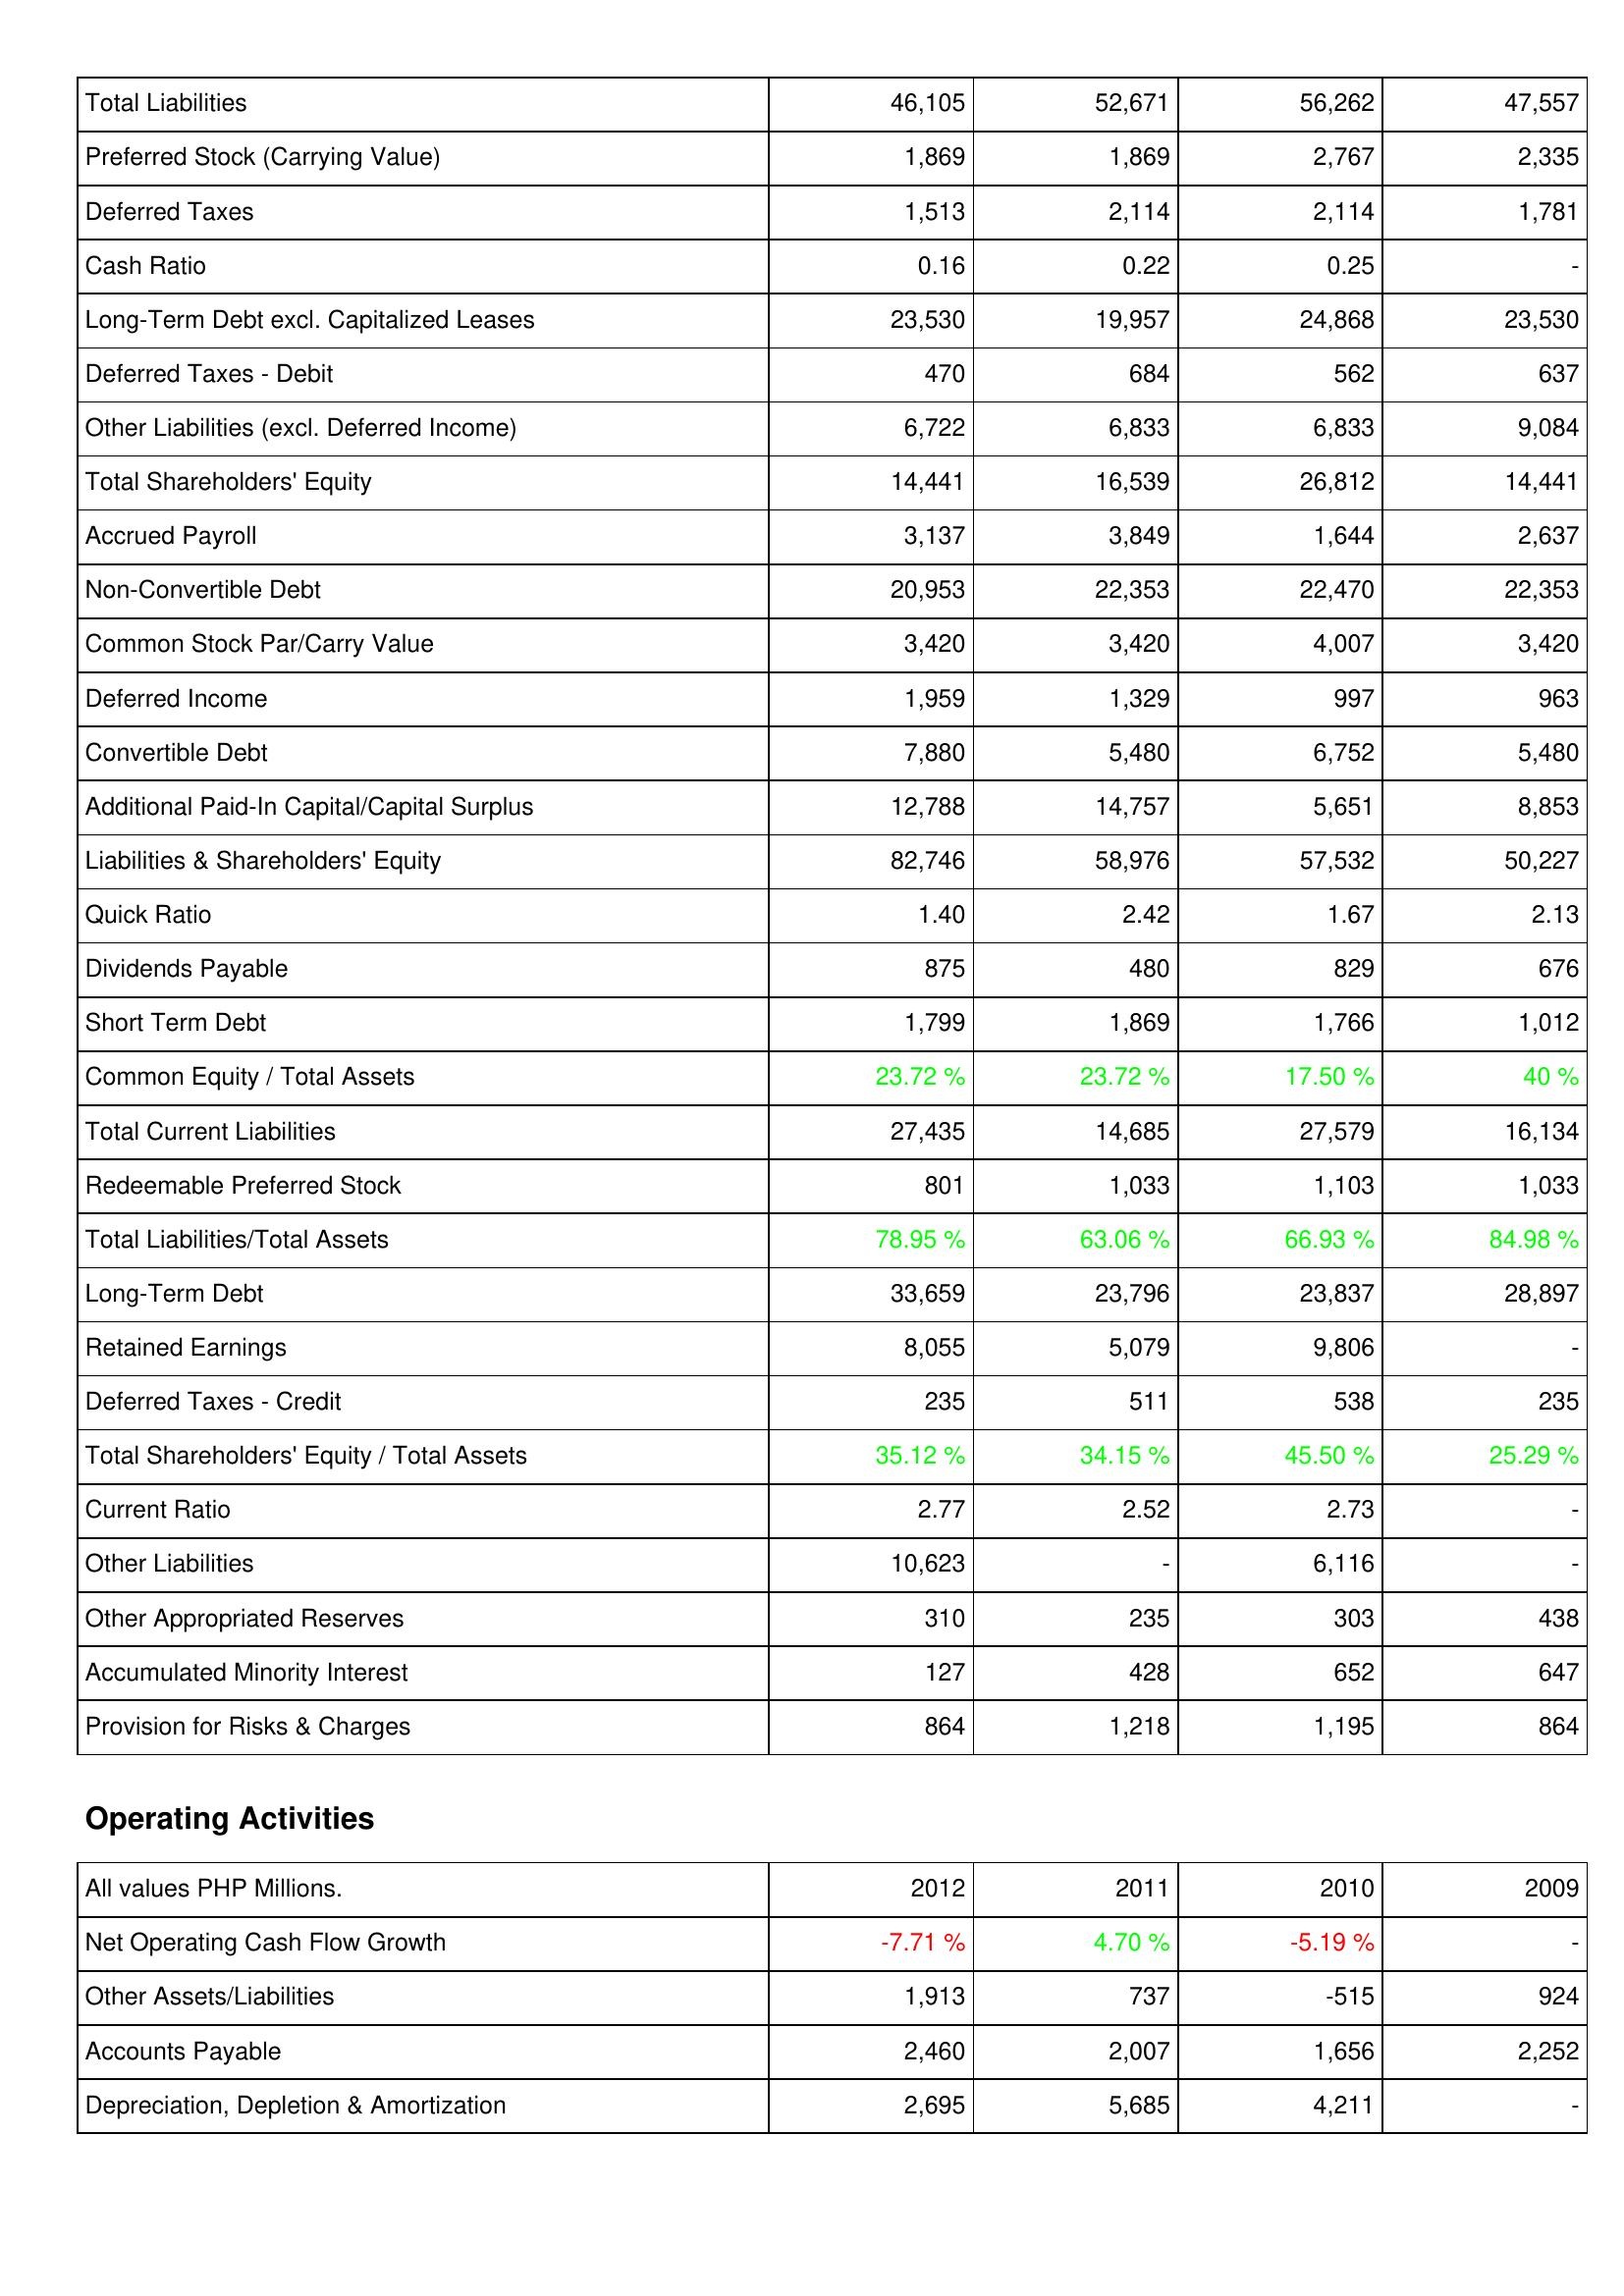
2012: Liabilities & Shareholders' Equity: Total Liabilities: 46,105
Preferred Stock (Carrying Value): 1,869
Deferred Taxes: 1,513
Cash Ratio: 0.16
Long-Term Debt excl. Capitalized Leases: 23,530
Deferred Taxes - Debit: 470
Other Liabilities (excl. Deferred Income): 6,722
Total Shareholders' Equity: 14,441
Accrued Payroll: 3,137
Non-Convertible Debt: 20,953
Common Stock Par/Carry Value: 3,420
Deferred Income: 1,959
Convertible Debt: 7,880
Additional Paid-In Capital/Capital Surplus: 12,788
Liabilities & Shareholders' Equity: 82,746
Quick Ratio: 1.40
Dividends Payable: 875
Short Term Debt: 1,799
Common Equity / Total Assets: 23.72 %
Total Current Liabilities: 27,435
Redeemable Preferred Stock: 801
Total Liabilities/Total Assets: 78.95 %
Long-Term Debt: 33,659
Retained Earnings: 8,055
Deferred Taxes - Credit: 235
Total Shareholders' Equity / Total Assets: 35.12 %
Current Ratio: 2.77
Other Liabilities: 10,623
Other Appropriated Reserves: 310
Accumulated Minority Interest: 127
Provision for Risks & Charges: 864
Operating Activities: Net Operating Cash Flow Growth: -7.71 %
Other Assets/Liabilities: 1,913
Accounts Payable: 2,460
Depreciation, Depletion & Amortization: 2,695
2011: Liabilities & Shareholders' Equity: Total Liabilities: 52,671
Preferred Stock (Carrying Value): 1,869
Deferred Taxes: 2,114
Cash Ratio: 0.22
Long-Term Debt excl. Capitalized Leases: 19,957
Deferred Taxes - Debit: 684
Other Liabilities (excl. Deferred Income): 6,833
Total Shareholders' Equity: 16,539
Accrued Payroll: 3,849
Non-Convertible Debt: 22,353
Common Stock Par/Carry Value: 3,420
Deferred Income: 1,329
Convertible Debt: 5,480
Additional Paid-In Capital/Capital Surplus: 14,757
Liabilities & Shareholders' Equity: 58,976
Quick Ratio: 2.42
Dividends Payable: 480
Short Term Debt: 1,869
Common Equity / Total Assets: 23.72 %
Total Current Liabilities: 14,685
Redeemable Preferred Stock: 1,033
Total Liabilities/Total Assets: 63.06 %
Long-Term Debt: 23,796
Retained Earnings: 5,079
Deferred Taxes - Credit: 511
Total Shareholders' Equity / Total Assets: 34.15 %
Current Ratio: 2.52
Other Liabilities: -
Other Appropriated Reserves: 235
Accumulated Minority Interest: 428
Provision for Risks & Charges: 1,218
Operating Activities: Net Operating Cash Flow Growth: 4.70 %
Other Assets/Liabilities: 737
Accounts Payable: 2,007
Depreciation, Depletion & Amortization: 5,685
2010: Liabilities & Shareholders' Equity: Total Liabilities: 56,262
Preferred Stock (Carrying Value): 2,767
Deferred Taxes: 2,114
Cash Ratio: 0.25
Long-Term Debt excl. Capitalized Leases: 24,868
Deferred Taxes - Debit: 562
Other Liabilities (excl. Deferred Income): 6,833
Total Shareholders' Equity: 26,812
Accrued Payroll: 1,644
Non-Convertible Debt: 22,470
Common Stock Par/Carry Value: 4,007
Deferred Income: 997
Convertible Debt: 6,752
Additional Paid-In Capital/Capital Surplus: 5,651
Liabilities & Shareholders' Equity: 57,532
Quick Ratio: 1.67
Dividends Payable: 829
Short Term Debt: 1,766
Common Equity / Total Assets: 17.50 %
Total Current Liabilities: 27,579
Redeemable Preferred Stock: 1,103
Total Liabilities/Total Assets: 66.93 %
Long-Term Debt: 23,837
Retained Earnings: 9,806
Deferred Taxes - Credit: 538
Total Shareholders' Equity / Total Assets: 45.50 %
Current Ratio: 2.73
Other Liabilities: 6,116
Other Appropriated Reserves: 303
Accumulated Minority Interest: 652
Provision for Risks & Charges: 1,195
Operating Activities: Net Operating Cash Flow Growth: -5.19 %
Other Assets/Liabilities: -515
Accounts Payable: 1,656
Depreciation, Depletion & Amortization: 4,211
2009: Liabilities & Shareholders' Equity: Total Liabilities: 47,557
Preferred Stock (Carrying Value): 2,335
Deferred Taxes: 1,781
Cash Ratio: -
Long-Term Debt excl. Capitalized Leases: 23,530
Deferred Taxes - Debit: 637
Other Liabilities (excl. Deferred Income): 9,084
Total Shareholders' Equity: 14,441
Accrued Payroll: 2,637
Non-Convertible Debt: 22,353
Common Stock Par/Carry Value: 3,420
Deferred Income: 963
Convertible Debt: 5,480
Additional Paid-In Capital/Capital Surplus: 8,853
Liabilities & Shareholders' Equity: 50,227
Quick Ratio: 2.13
Dividends Payable: 676
Short Term Debt: 1,012
Common Equity / Total Assets: 40 %
Total Current Liabilities: 16,134
Redeemable Preferred Stock: 1,033
Total Liabilities/Total Assets: 84.98 %
Long-Term Debt: 28,897
Retained Earnings: -
Deferred Taxes - Credit: 235
Total Shareholders' Equity / Total Assets: 25.29 %
Current Ratio: -
Other Liabilities: -
Other Appropriated Reserves: 438
Accumulated Minority Interest: 647
Provision for Risks & Charges: 864
Operating Activities: Net Operating Cash Flow Growth: -
Other Assets/Liabilities: 924
Accounts Payable: 2,252
Depreciation, Depletion & Amortization: -